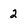
Character: 2